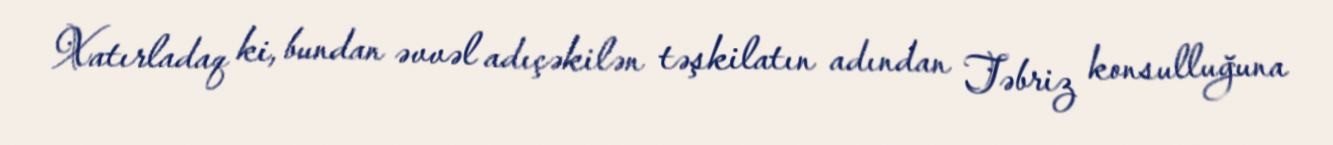
Xatırladaq ki, bundan əvvəl adıçəkilən təşkilatın adından Təbriz konsulluğuna